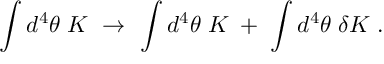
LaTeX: \int d ^ { 4 } \theta \; K \ \rightarrow \ \int d ^ { 4 } \theta \; K \; + \; \int d ^ { 4 } \theta \; \delta K \; .